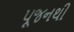
પૂજનથી